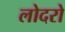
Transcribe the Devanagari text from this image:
लोदरो